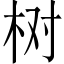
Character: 树